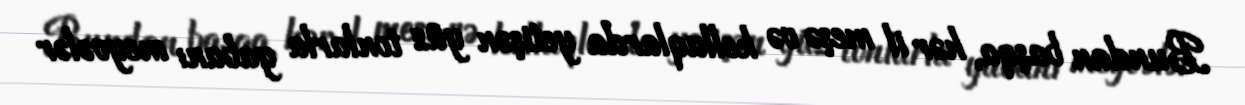
Bundan başqa, hər il meşə və kolluqlarda yetişən yüz tonlarla yabanı meyvələr